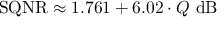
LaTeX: \mathrm { S Q N R } \approx 1 . 7 6 1 + 6 . 0 2 \cdot Q \ \mathrm { d B } \,